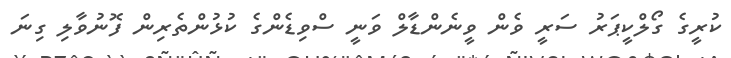
ކުރީގެ ގޯލްކީޕަރު ސަރީ ވެން ވީނެންޑާލް ވަނީ ސްވިޑެންގެ ކުޅުންތެރިން ފޮނުވާލި ގިނަ